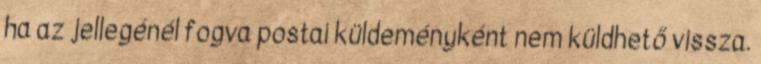
ha az jellegénél fogva postai küldeményként nem küldhető vissza.